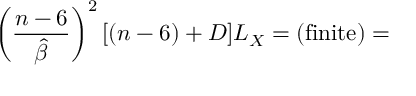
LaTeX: \left( \frac { n - 6 } { \hat { \beta } } \right) ^ { 2 } [ ( n - 6 ) + D ] L _ { X } = ( \mathrm { f i n i t e } ) =